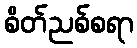
စိတ်ညစ်စရာ